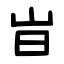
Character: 㞱